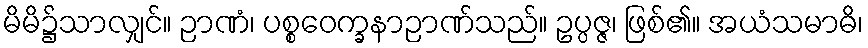
မိမိ၌သာလျှင်။ ဉာဏံ၊ ပစ္စဝေက္ခနာဉာဏ်သည်။ ဥပ္ပဇ္ဇ၊ ဖြစ်၏။ အယံသမာဓိ၊